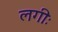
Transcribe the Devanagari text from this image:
लगीः